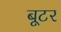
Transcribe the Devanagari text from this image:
बूटर